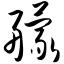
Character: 艨